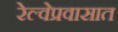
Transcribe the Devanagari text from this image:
रेल्वेप्रवासात